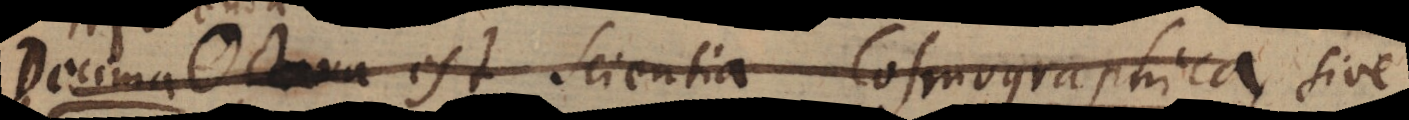
Decima est Scientia Cosmographica , sive